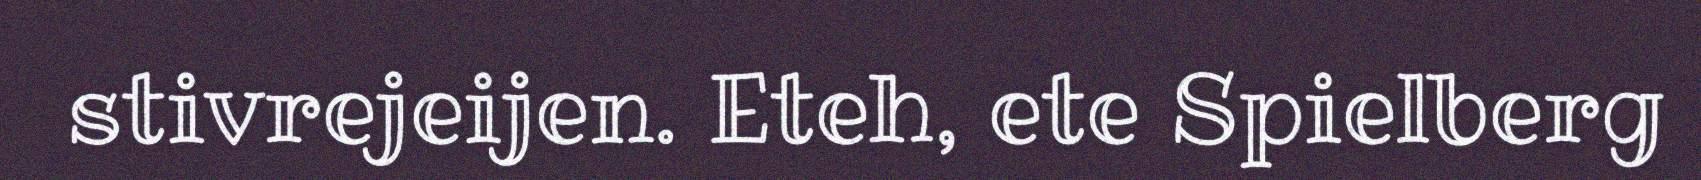
stivrejeijen. Eteh, ete Spielberg